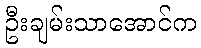
ဦးချမ်းသာအောင်က